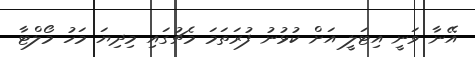
އޭނާ ވަނީ އިޓަލީ އަށް ކުޅުނު ފުރަތަމަ މެޗުގައި މިދިޔަ މަހު މޯލްޓާ